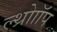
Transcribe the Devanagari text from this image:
ल्थ्रोाॉप